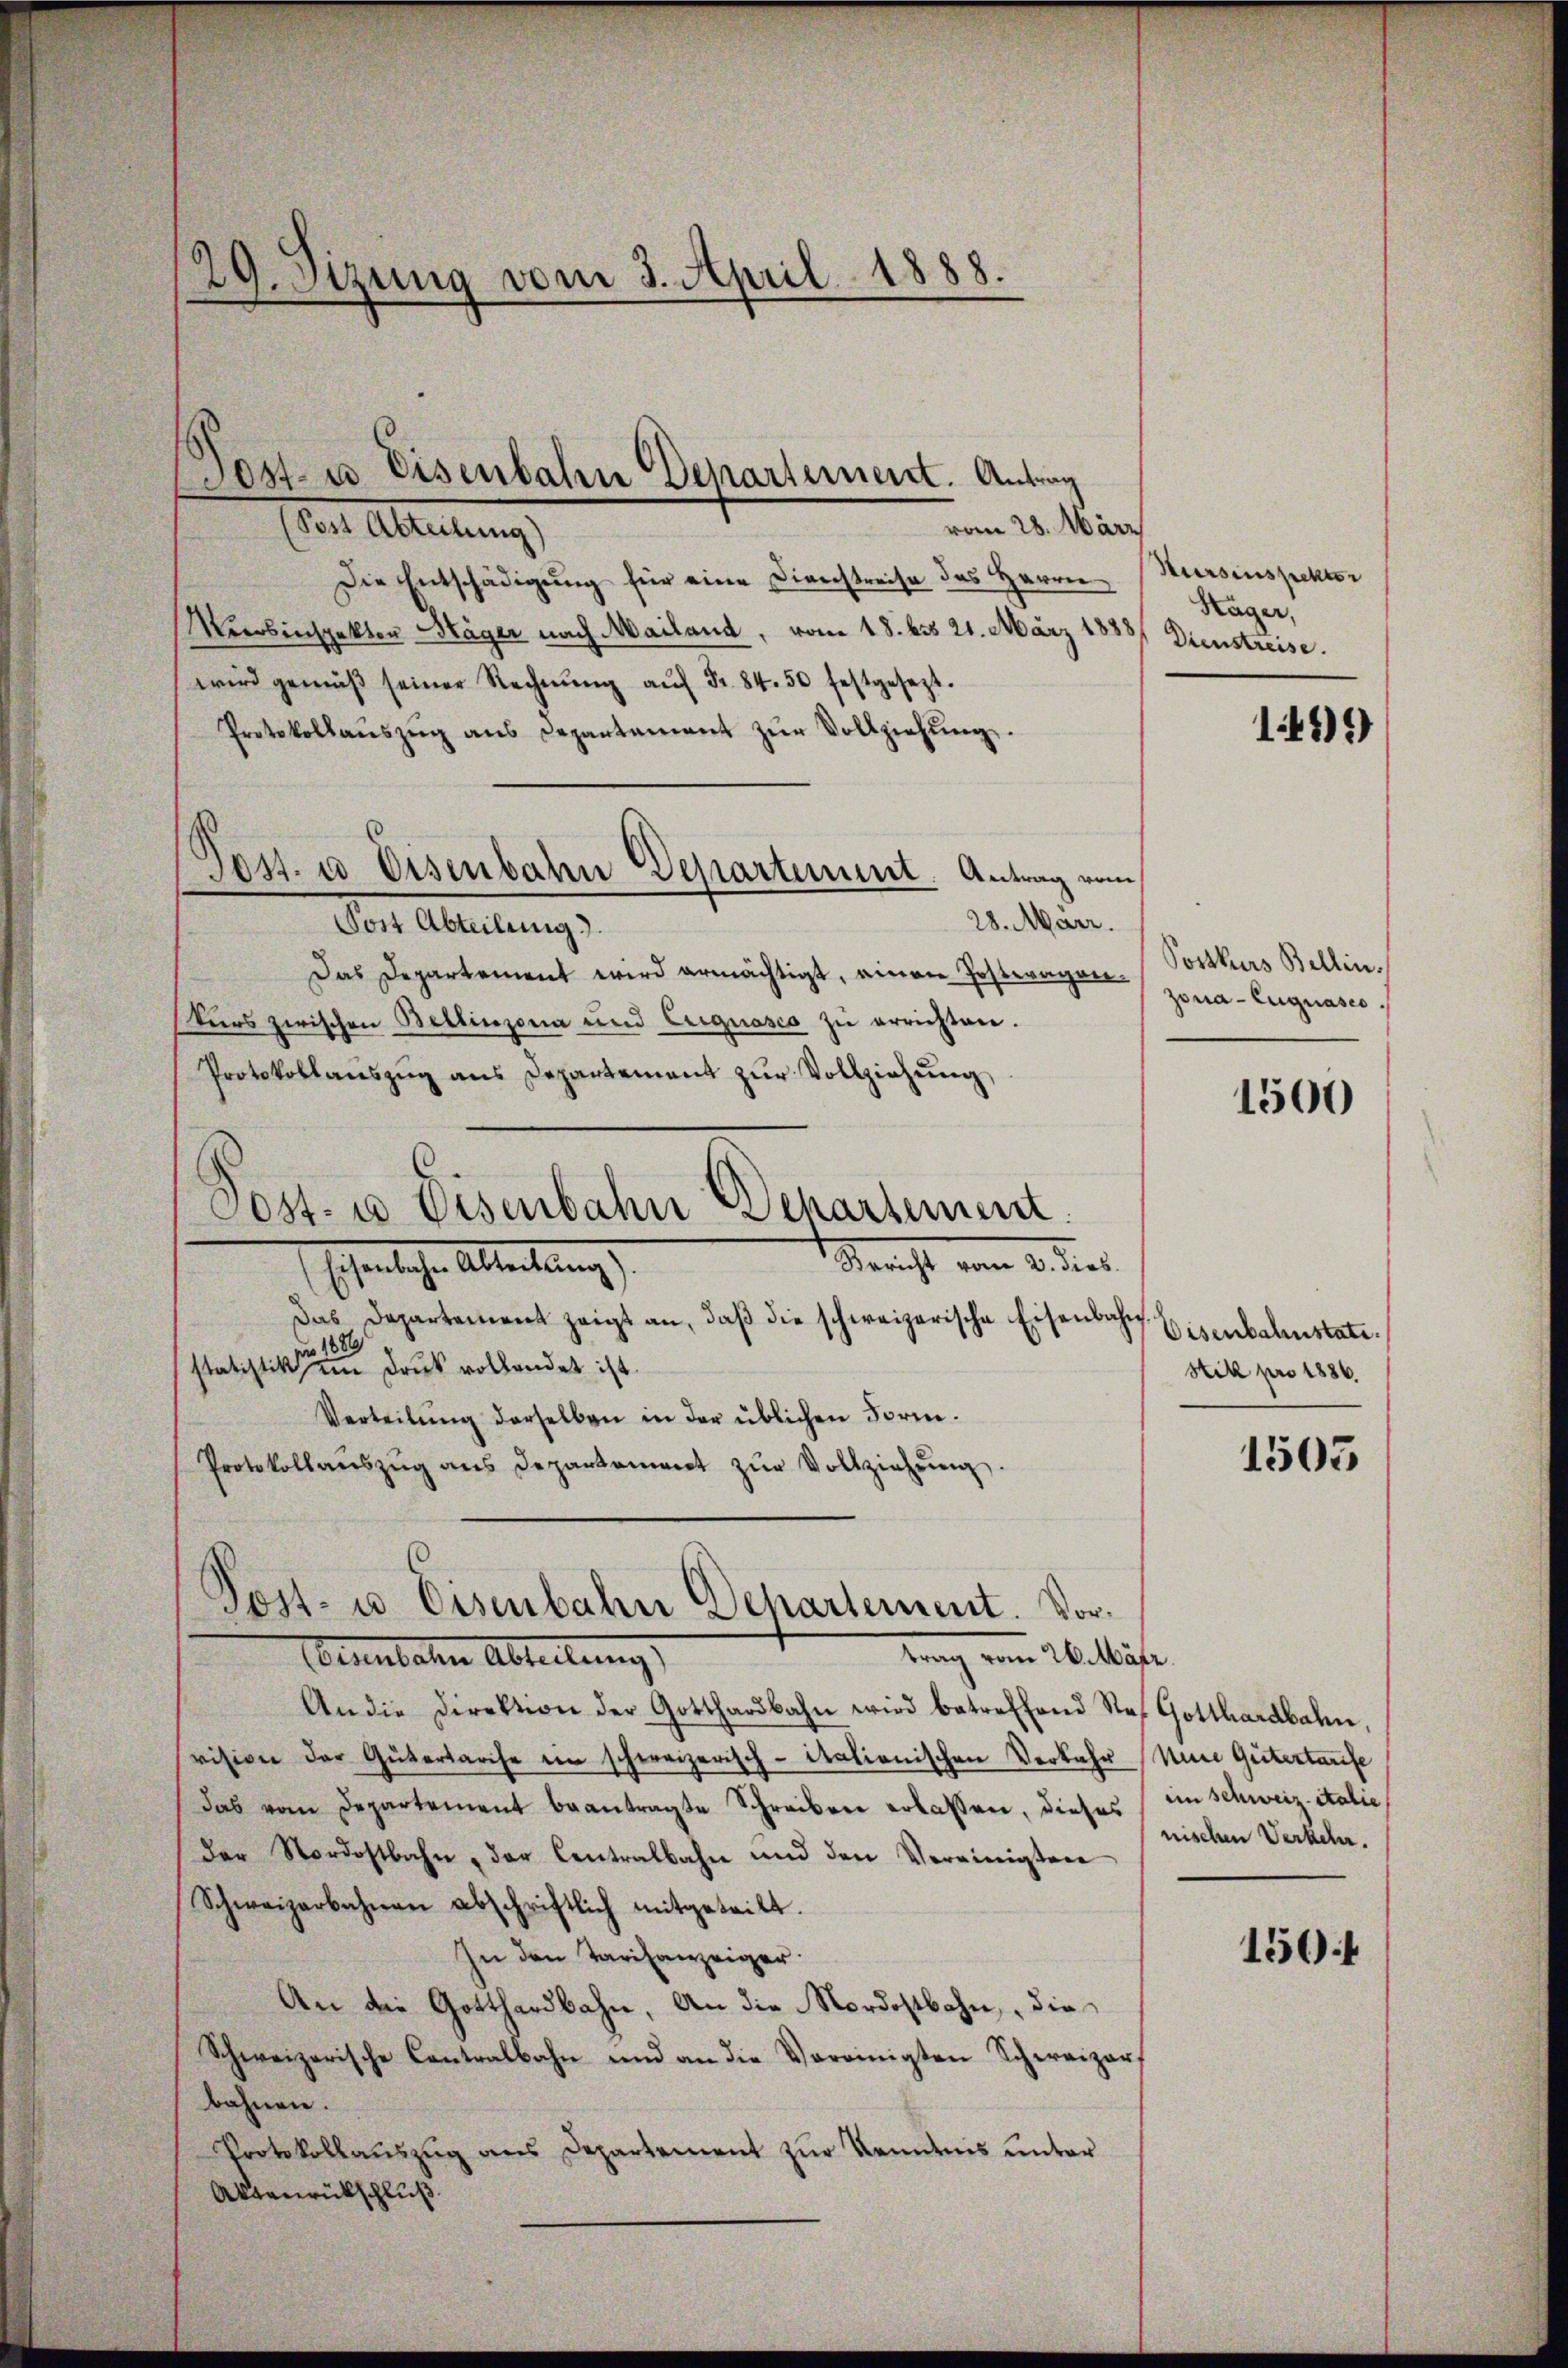
29. Sizung vom 3. April 1888.

vom 28. März
Ehen Aleitung,
Die Entschädigung für eine Dienstreise des Herrn
Merobinspekten Mäger nach Mailand, vom 18. bis 21. März 1838) Dienstreise.
wird gemäβ seiner Rechnŭng aŭf Fr. 84. 50 festgesezt.
Protokollaŭszŭg ans Departement zŭr Vollziehŭng.
28. März.
Post Abteilung).
Das Departement wird ermächtigt, einen Posteragen-
turs zwischen Bellinzona und Erguasco zu errichten.
Protokollaŭszŭg ans Departement zŭr Vollziehŭng
Post- u Eisenbahn Departement.
Gericht vom 2. dat.
scheinliche Abtrettung
Das Departement zeigt an, daβ die schweizerische Eisenbahn Eisenbahnstatistatistik eine eine Druck vollendet ist.
Verteilŭng derselben in der üblichen Form.
Protokollanszŭg ans Departement zŭr Vollziehŭng.

Post. u. Eisenbahn Departement. Antrag vom

Post- u Eisenbahn Departement. Antrag

Post- u. Eisenbahn Dehartement. Vorrrung vom 26. bisher
esenbachen Abteilung,

An die Direktion der Gotthardbahn wird betreffend Stof Gotthardbahn.
vision der Gütertarise ein schweizerisch-italienischen Verbahr (Nine Gütertaufe
Das vom Departement beantragte Schreiben erlassen, dieses im Schweiz. italie
der Nordostbahn, der Centralbahn und den Vereinigten
Schweizerbahnen abschriftlich mitgeteilt.
In den Tarifanzeiger.
An die Gotthardbahn, an die Nordostbahn, die
Schweizerische Contralbahn und an die Vereinigten Schweizerbahnen.
Protokollauszug aus Departement zur Kenntnis unter
Aktenrückschluß

Kursinspektor
Stäger,

1499

Postkurs Bellin.
zona-Euguases

1500

Still pro 1886.

1505

nischen Verkehr.

150f